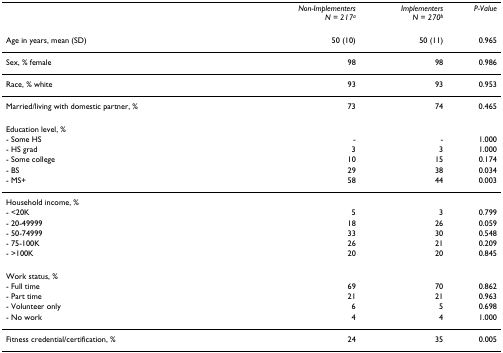
<table><thead><tr><td></td><td><b><i>Non-Implementers</i><i>N = 217</i><sup><i>a</i></sup></b></td><td><b><i>Implementers</i><i>N = 270</i><sup><i>b</i></sup></b></td><td><b><i>P-Value</i></b></td></tr></thead><tbody><tr><td>Age in years, mean (SD)</td><td>50 (10)</td><td>50 (11)</td><td>0.965</td></tr><tr><td>Sex, % female</td><td>98</td><td>98</td><td>0.986</td></tr><tr><td>Race, % white</td><td>93</td><td>93</td><td>0.953</td></tr><tr><td>Married/living with domestic partner, %</td><td>73</td><td>74</td><td>0.465</td></tr><tr><td>Education level, %</td><td></td><td></td><td></td></tr><tr><td>- Some HS</td><td>-</td><td>-</td><td>1.000</td></tr><tr><td>- HS grad</td><td>3</td><td>3</td><td>1.000</td></tr><tr><td>- Some college</td><td>10</td><td>15</td><td>0.174</td></tr><tr><td>- BS</td><td>29</td><td>38</td><td>0.034</td></tr><tr><td>- MS+</td><td>58</td><td>44</td><td>0.003</td></tr><tr><td>Household income, %</td><td></td><td></td><td></td></tr><tr><td>- &lt;20K</td><td>5</td><td>3</td><td>0.799</td></tr><tr><td>- 20-49999</td><td>18</td><td>26</td><td>0.059</td></tr><tr><td>- 50-74999</td><td>33</td><td>30</td><td>0.548</td></tr><tr><td>- 75-100K</td><td>26</td><td>21</td><td>0.209</td></tr><tr><td>- &gt;100K</td><td>20</td><td>20</td><td>0.845</td></tr><tr><td>Work status, %</td><td></td><td></td><td></td></tr><tr><td>- Full time</td><td>69</td><td>70</td><td>0.862</td></tr><tr><td>- Part time</td><td>21</td><td>21</td><td>0.963</td></tr><tr><td>- Volunteer only</td><td>6</td><td>5</td><td>0.698</td></tr><tr><td>- No work</td><td>4</td><td>4</td><td>1.000</td></tr><tr><td>Fitness credential/certification, %</td><td>24</td><td>35</td><td>0.005</td></tr></tbody></table>